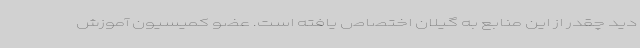
دید چقدر از این منابع به گیلان اختصاص یافته است. عضو کمیسیون آموزش